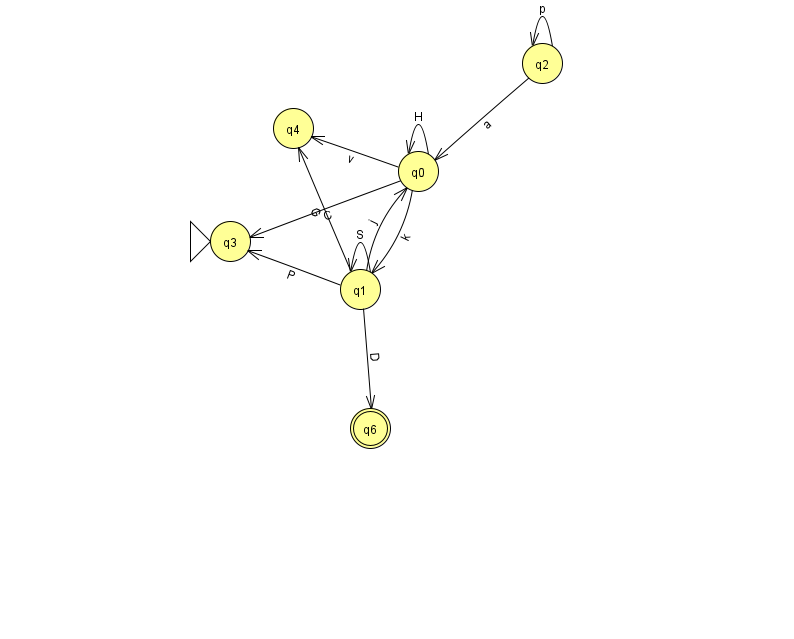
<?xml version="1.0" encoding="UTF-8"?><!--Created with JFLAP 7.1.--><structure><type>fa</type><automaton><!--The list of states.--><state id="0" name="q0"><x>418.0</x><y>158.0</y></state><state id="1" name="q1"><x>360.0</x><y>276.0</y></state><state id="2" name="q2"><x>542.0</x><y>50.0</y></state><state id="3" name="q3"><x>230.0</x><y>228.0</y><initial/></state><state id="4" name="q4"><x>293.0</x><y>115.0</y></state><state id="6" name="q6"><x>370.0</x><y>415.0</y><final/></state><!--The list of transitions.--><transition><from>0</from><to>3</to><read>C</read></transition><transition><from>2</from><to>2</to><read>p</read></transition><transition><from>1</from><to>4</to><read>G</read></transition><transition><from>1</from><to>1</to><read>S</read></transition><transition><from>0</from><to>4</to><read>v</read></transition><transition><from>1</from><to>3</to><read>P</read></transition><transition><from>2</from><to>0</to><read>a</read></transition><transition><from>0</from><to>0</to><read>H</read></transition><transition><from>1</from><to>6</to><read>D</read></transition><transition><from>0</from><to>1</to><read>k</read></transition><transition><from>1</from><to>0</to><read>j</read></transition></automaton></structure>